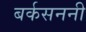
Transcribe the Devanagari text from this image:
बर्कसननी